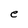
Character: e